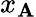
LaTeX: x_{\mathbf{A}}